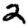
Digit: 2